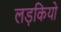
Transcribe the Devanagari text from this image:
लड़कियो